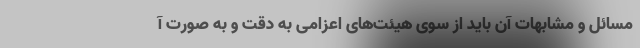
مسائل و مشابهات آن باید از سوی هیئت‌های اعزامی به دقت و به صورت آ